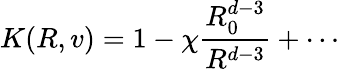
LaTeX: K(R,v)=1-\chi\frac{R_{0}^{d-3}}{R^{d-3}}+\cdots